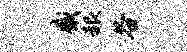
感赧谷